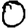
Digit: 0